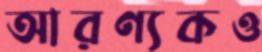
আরণ্যকও